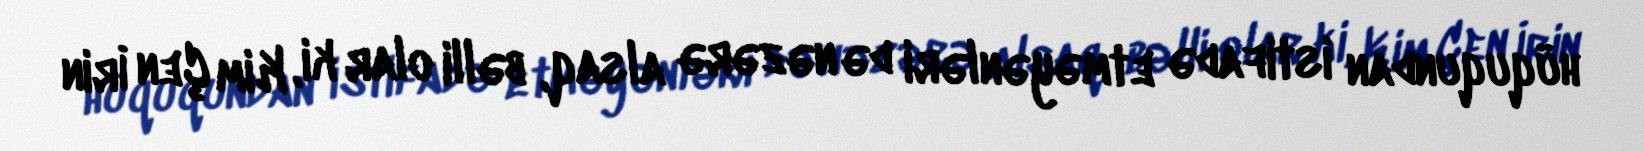
hüququndan istifadə etməyənləri də nəzərə alsaq, bəlli olar ki, Kim Çen İrin